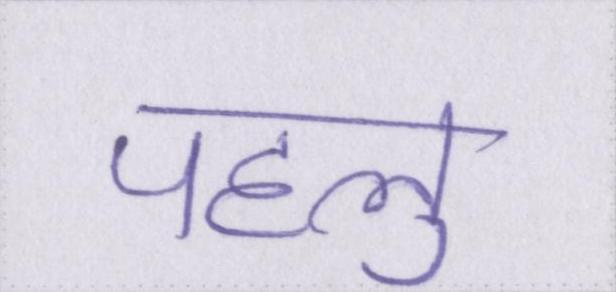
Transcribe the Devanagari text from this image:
पहलु